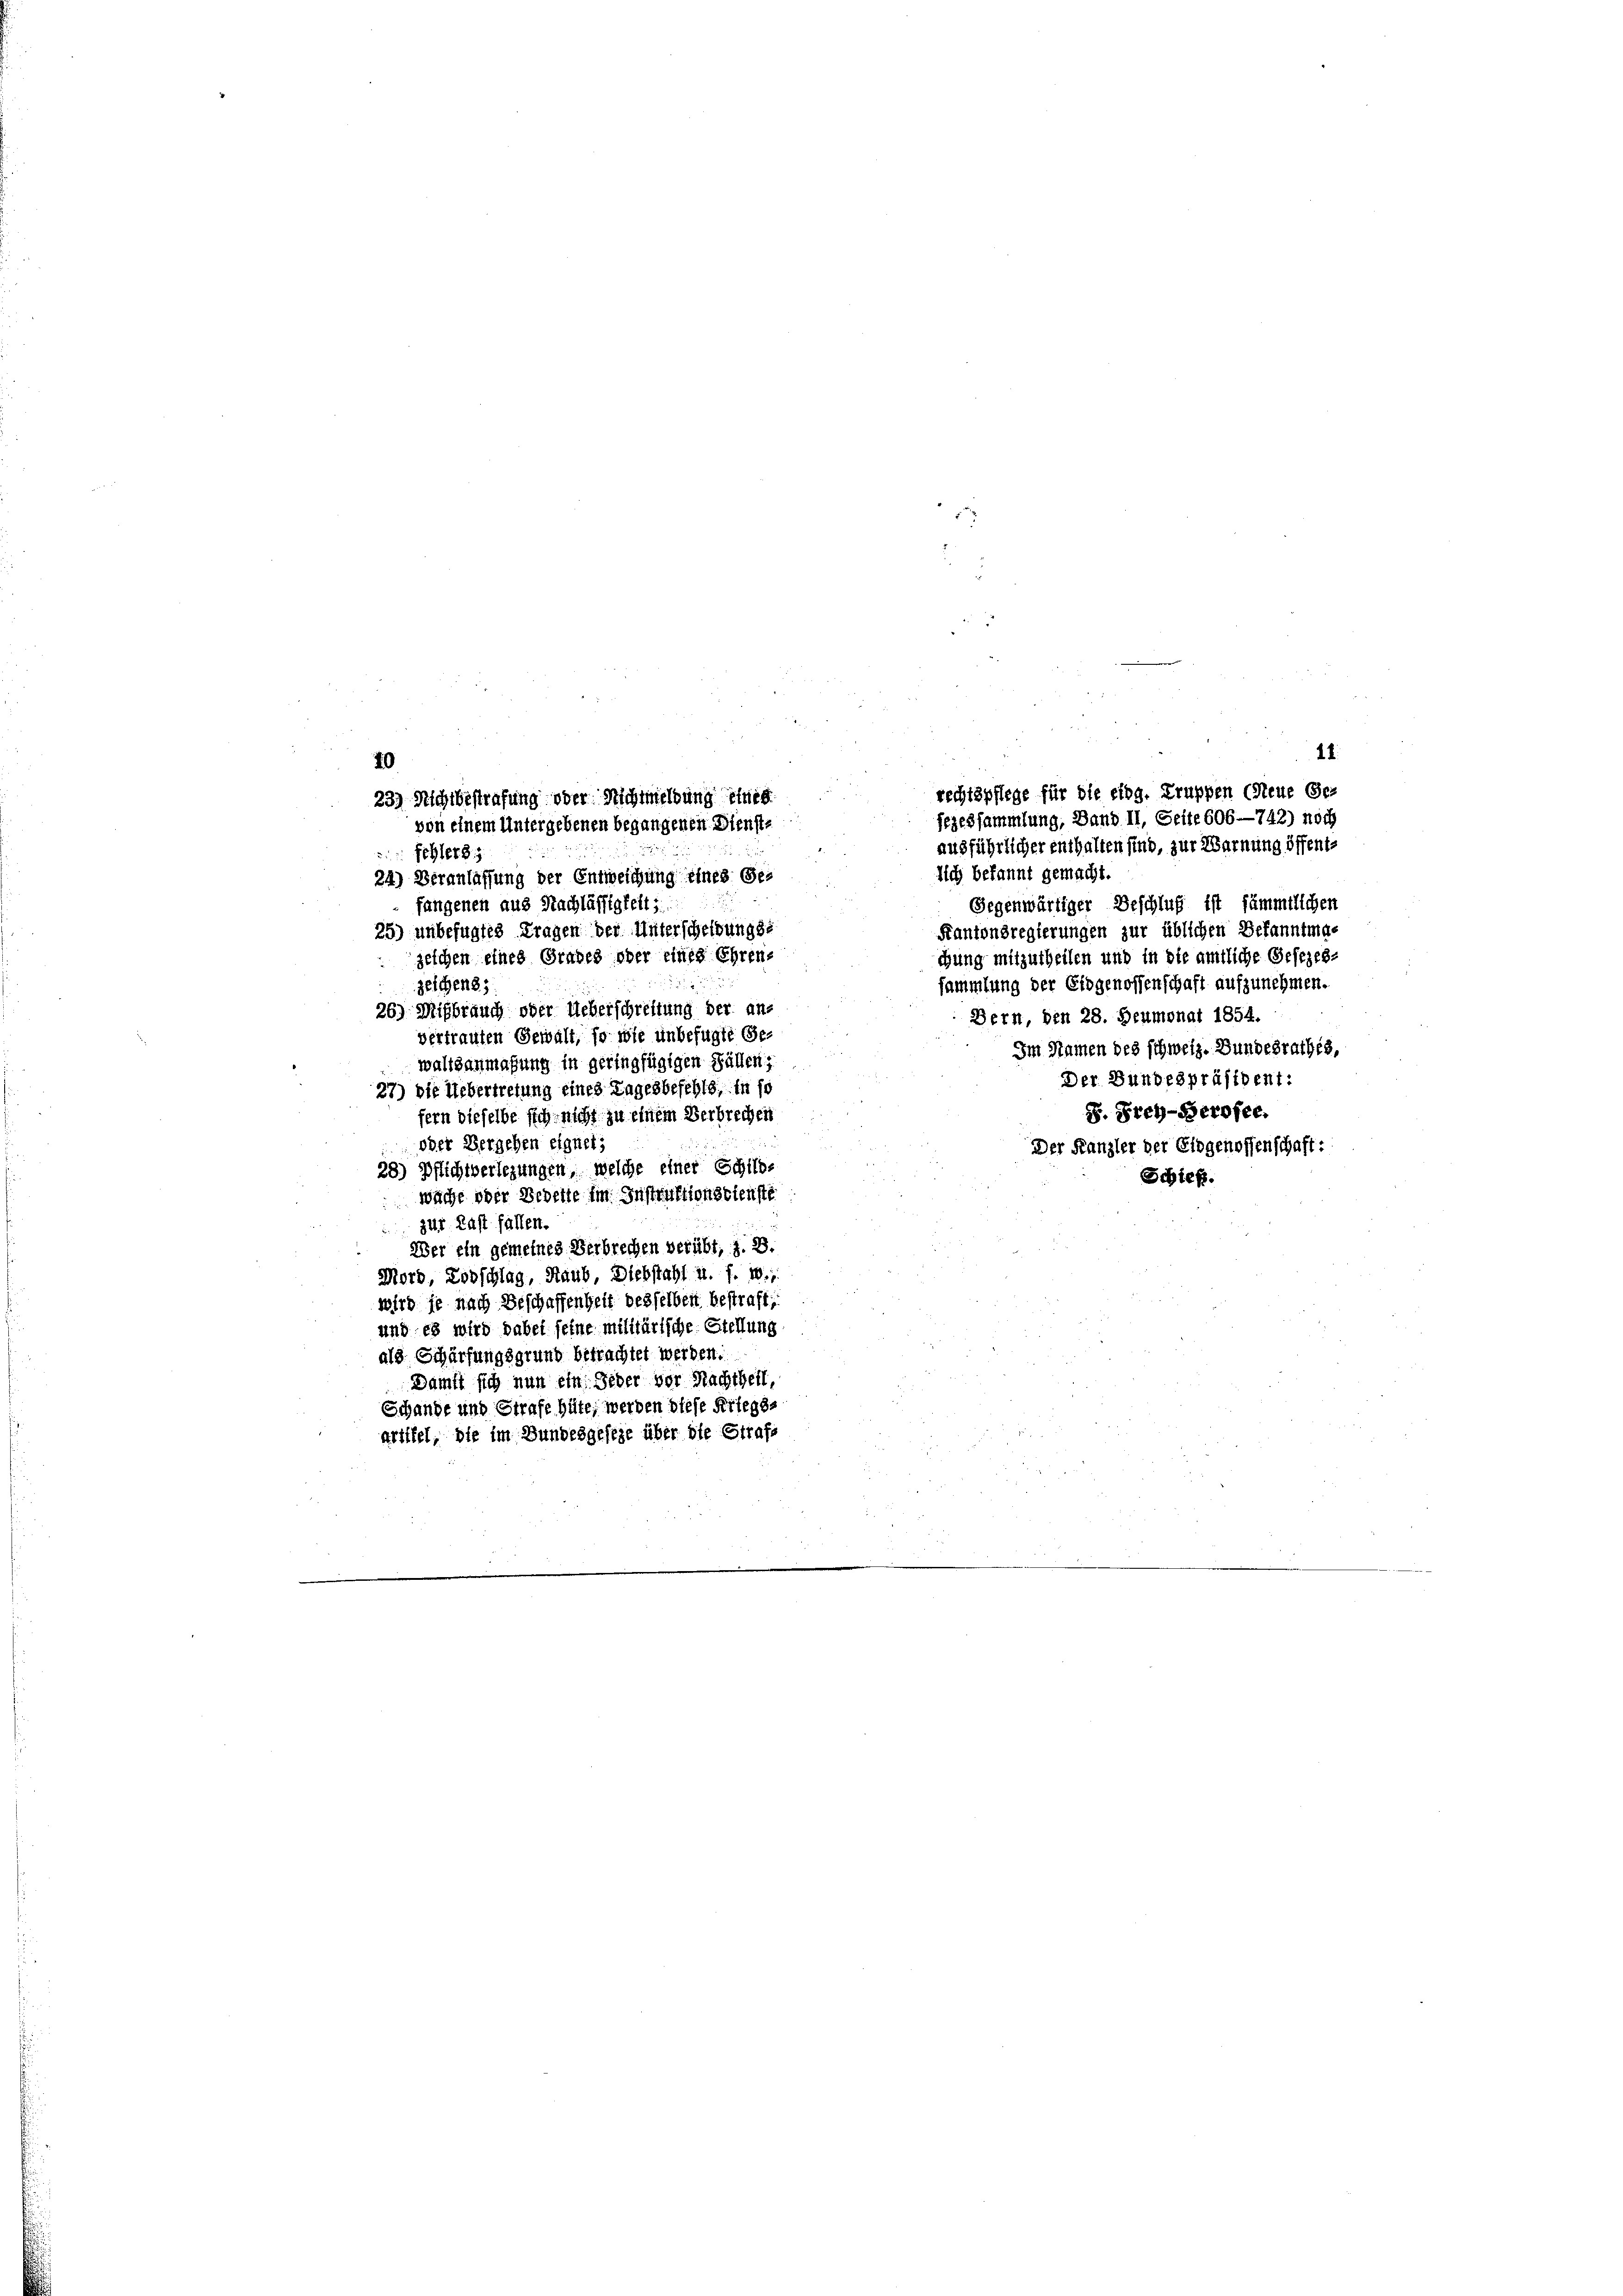
3

18.

rechtspflege für die eidg. Truppen (Neue Ge-
23) Nichtbestrafung oder Nichtmeldung eines
sezessammlung, Band II, Seite 606—742) noch
von einem Untergebenen begangenen Dienst-
ausführlicher enthalten sind, zur Warnung öffent¬

fehlers;
lich bekannt gemacht.
24) Veranlassung der Entweichung eines Gefangenen aus Nachlässigkeit;
Gegenwärtiger Beschluß ist sämmtlichen
25) unbefugtes Fragen der Unterscheidung de
Kantonsregierungen zur üblichen Bekanntige
chung mitzutheilen und in die amtliche Gesezes-
zeichen eines Grabes oder eines Ehren-
sammlung der Eidgenossenschaft aufzunehmen.
zeichens;
26) Mißbrauch oder Ueberschreitung der an-
Bern, den 28. Heumonat 1854.
vertrauten Gewalt, so wie unbefugte Ge¬
Im Namen des schweiz. Bundesrathes,
waltsanmaßung in geringfügigen Fällen;
Der Bundespräsident:
27) Die Uebertretung eines Tages befehls, in so
S. Frey-Serosee.
fern dieselbe sich nicht zu einem Verbrechen
u
oder Vergehen eignet:
Der Kanzler der Eidgenossenschaft:
28) Pflichtverlegungen, welche einer Schild-
Schieß.
wäche oder Bedeute im Instruktionsdienste
zur Last fallen.
Wer ein gemeines Verbrechen verübt, z. B.
Mord Lobschlag, Staub, Diebstahl u. s. w.,
wird je nach Beschaffenheit desselben bestraft,
und es wird dabei seine militärische Stellung
als Schürfungsgrund betrachtet werden.
Damit sich nun ein Jeder vor Nachtheil,
Schande und Strafe hüte, werden diese Kriegsgriffel, die im Bundesgeseze über die Strafe